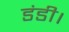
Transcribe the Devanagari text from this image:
डंडी।